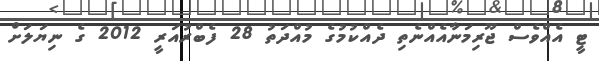
ޓީ އެއްވެސް ޖޫރިމަނާއެއްނެތި ދެއްކުމުގެ މުއްދަތު 28 ފެބްރުއަރީ 2012 ގެ ނިޔަލަށް